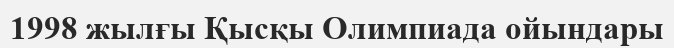
1998 жылғы Қысқы Олимпиада ойындары